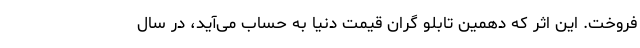
فروخت. این اثر که دهمین تابلو گران قیمت دنیا به حساب می‌آید، در سال